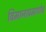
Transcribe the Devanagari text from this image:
विमानाप्रमाणेच